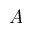
A